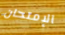
الإمتحان